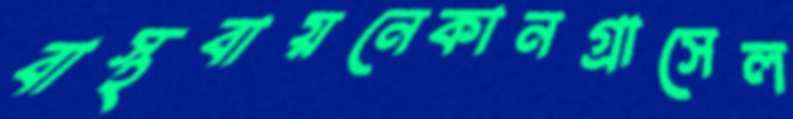
বাস্থবায়নেকানগ্রাসেল